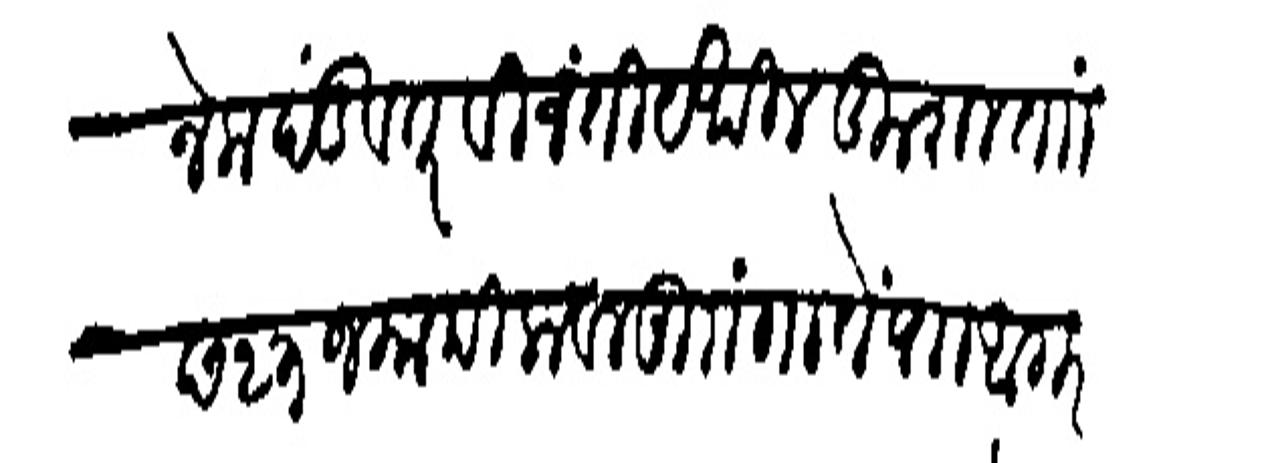
Transliteration (Devanagari): कृतानेक दंडवत् विनंती येथील कुशल ताां छ २३ जमादिलावल मुां गातें पाा आगर